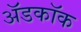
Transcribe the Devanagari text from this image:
अॅडकॉक